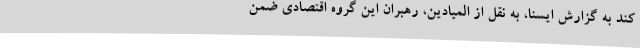
کند به گزارش ایسنا، به نقل از المیادین، رهبران این گروه اقتصادی ضمن